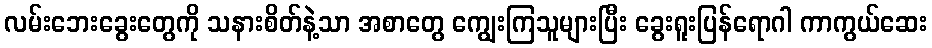
လမ်းဘေးခွေးတွေကို သနားစိတ်နဲ့သာ အစာတွေ ကျွေးကြသူများပြီး ခွေးရူးပြန်ရောဂါ ကာကွယ်ဆေး